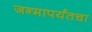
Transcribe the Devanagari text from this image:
जन्मापर्यंतचा